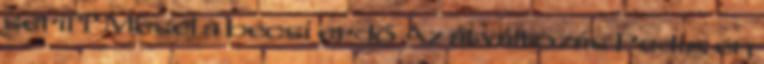
seriff Mesél a bécsi erdő Az átváltozás Pedig én